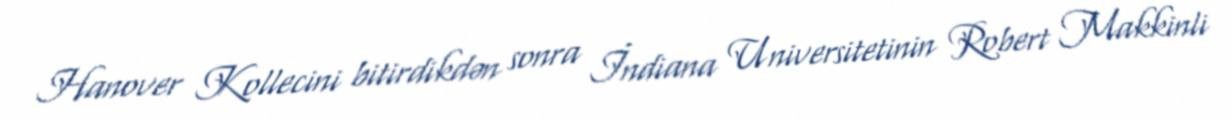
Hanover Kollecini bitirdikdən sonra İndiana Universitetinin Robert Makkinli